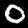
Label: 0